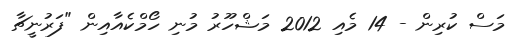
މަސް ކުރިން - 14 މެއި 2012 މަޝްހޫރު މުނި ހޯމްކެއާއިން "ފަރުނީޗާ